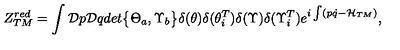
Z _ { T M } ^ { r e d } = \int { \cal D } p { \cal D } q d e t { \bigl \{ \Theta _ { a } , \Upsilon _ { b } \bigr \} } \delta ( \theta ) \delta ( { \theta } _ { i } ^ { T } ) \delta ( \Upsilon ) \delta ( { \Upsilon } _ { i } ^ { T } ) e ^ { i \int ( p \dot { q } - { \cal H } _ { T M } ) } ,